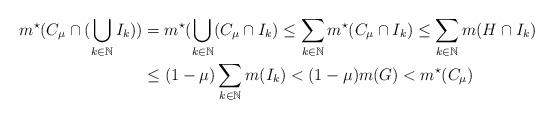
LaTeX: \begin{align*} m^{\star}(C_\mu \cap (\bigcup_{k \in \mathbb{N}}I_k)) & = m^{\star}(\bigcup_{k \in \mathbb{N}}(C_\mu \cap I_k) \leq \sum_{k \in \mathbb{N}} m^{\star}(C_\mu \cap I_k) \leq \sum_{k \in \mathbb{N}} m(H \cap I_k) \\ & \leq (1-\mu)\sum_{k \in \mathbb{N}} m(I_k) < (1-\mu) m(G) < m^{\star}(C_{\mu})\end{align*}